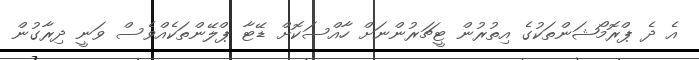
އެ ދެ ޕްރޮމޯޝަންތަކުގެ އިތުރުން ޓީޗަރުންނަށް ހާއްސަކޮށް ޑޭޓާ ޕްލޭންތަކެއްވެސް ވަނީ ދިރާގުން